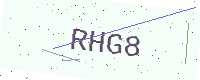
Text: RHG8